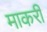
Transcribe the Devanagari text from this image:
माकरी